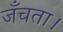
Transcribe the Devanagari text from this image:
जँचता।